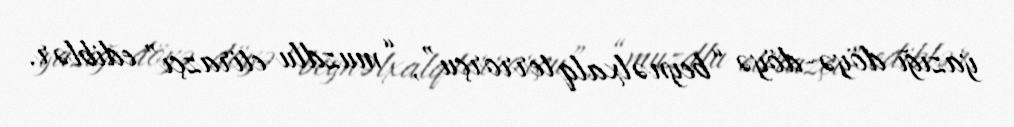
yazığı döyə-döyə “beynəlxalq terrorçu”, “muzdlu etirazçı” ediblər.